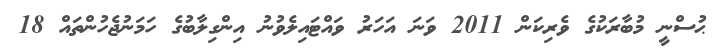
ޙުސްނީ މުބާރަކުގެ ވެރިކަން 2011 ވަނަ އަހަރު ވައްޓައިލެވުނު އިންގިލާބުގެ ހަމަނުޖެހުންތައް 18